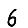
Digit: 6